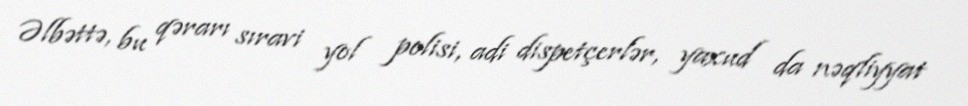
Əlbəttə, bu qərarı sıravi yol polisi, adi dispetçerlər, yaxud da nəqliyyat